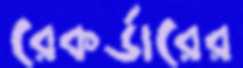
রেকর্ডারের